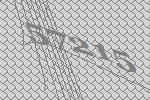
57215